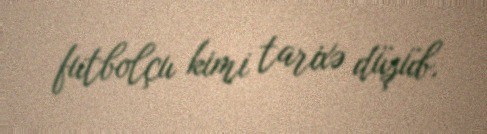
futbolçu kimi tarixə düşüb.